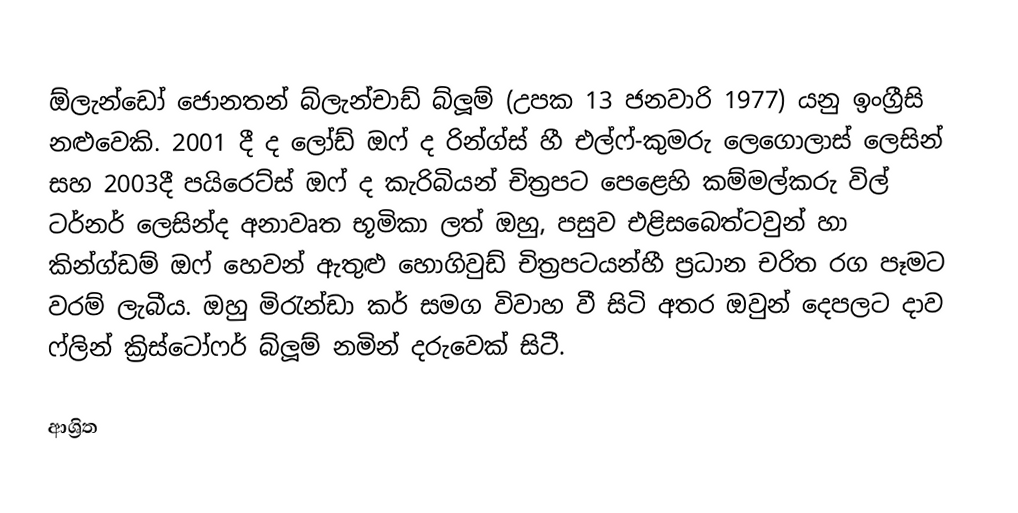
ඕලැන්ඩෝ ජොනතන් බ්ලැන්චාඩ් බ්ලූම් (උපක 13 ජනවාරි 1977) යනු ඉංග්‍රීසි නළුවෙකි.  2001 දී   ද ලෝඩ් ඔෆ් ද රින්ග්ස්   හී එල්ෆ්-කුමරු ලෙගොලාස් ලෙසින් සහ  2003දී  පයිරෙට්ස් ඔෆ් ද කැරිබියන්  චිත්‍රපට පෙළෙහි කම්මල්කරු විල් ටර්නර් ලෙසින්ද අනාවෘත භූමිකා ලත් ඔහු, පසුව  එළිසබෙත්ටවුන් හා   කින්ග්ඩම් ඔෆ් හෙවන් ඇතුළු හොගිවුඩ් චිත්‍රපටයන්හී ප්‍රධාන චරිත රග පෑමට වරම් ලැබීය. ඔහු මිරැන්ඩා කර් සමග විවාහ වී සිටි අතර ඔවුන් දෙපලට දාව ෆ්ලින් ක්‍රිස්ටෝෆර් බ්ලූම් නමින් දරුවෙක් සිටී.

ආශ්‍රිත